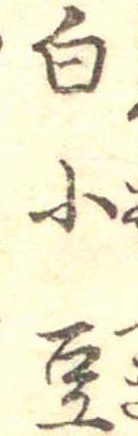
白小豆